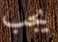
يجب